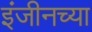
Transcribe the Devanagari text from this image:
इंजीनच्या